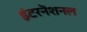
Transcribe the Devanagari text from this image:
इंटरनॆशनल